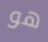
هو